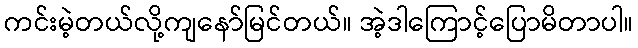
ကင်းမဲ့တယ်လို့ကျနော်မြင်တယ်။ အဲ့ဒါကြောင့်ပြောမိတာပါ။